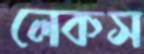
লেকস